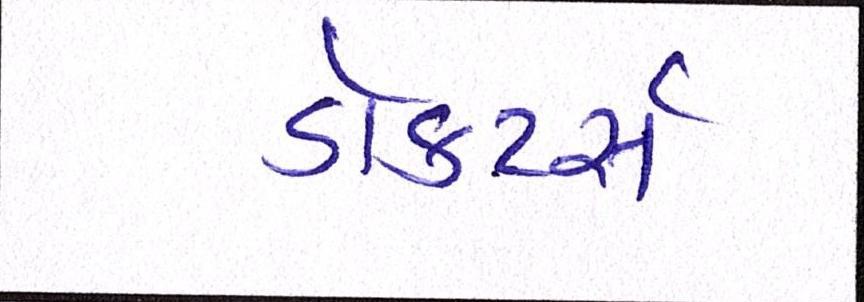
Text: ડૉક્ટર્સ